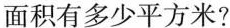
面积有多少平方米?